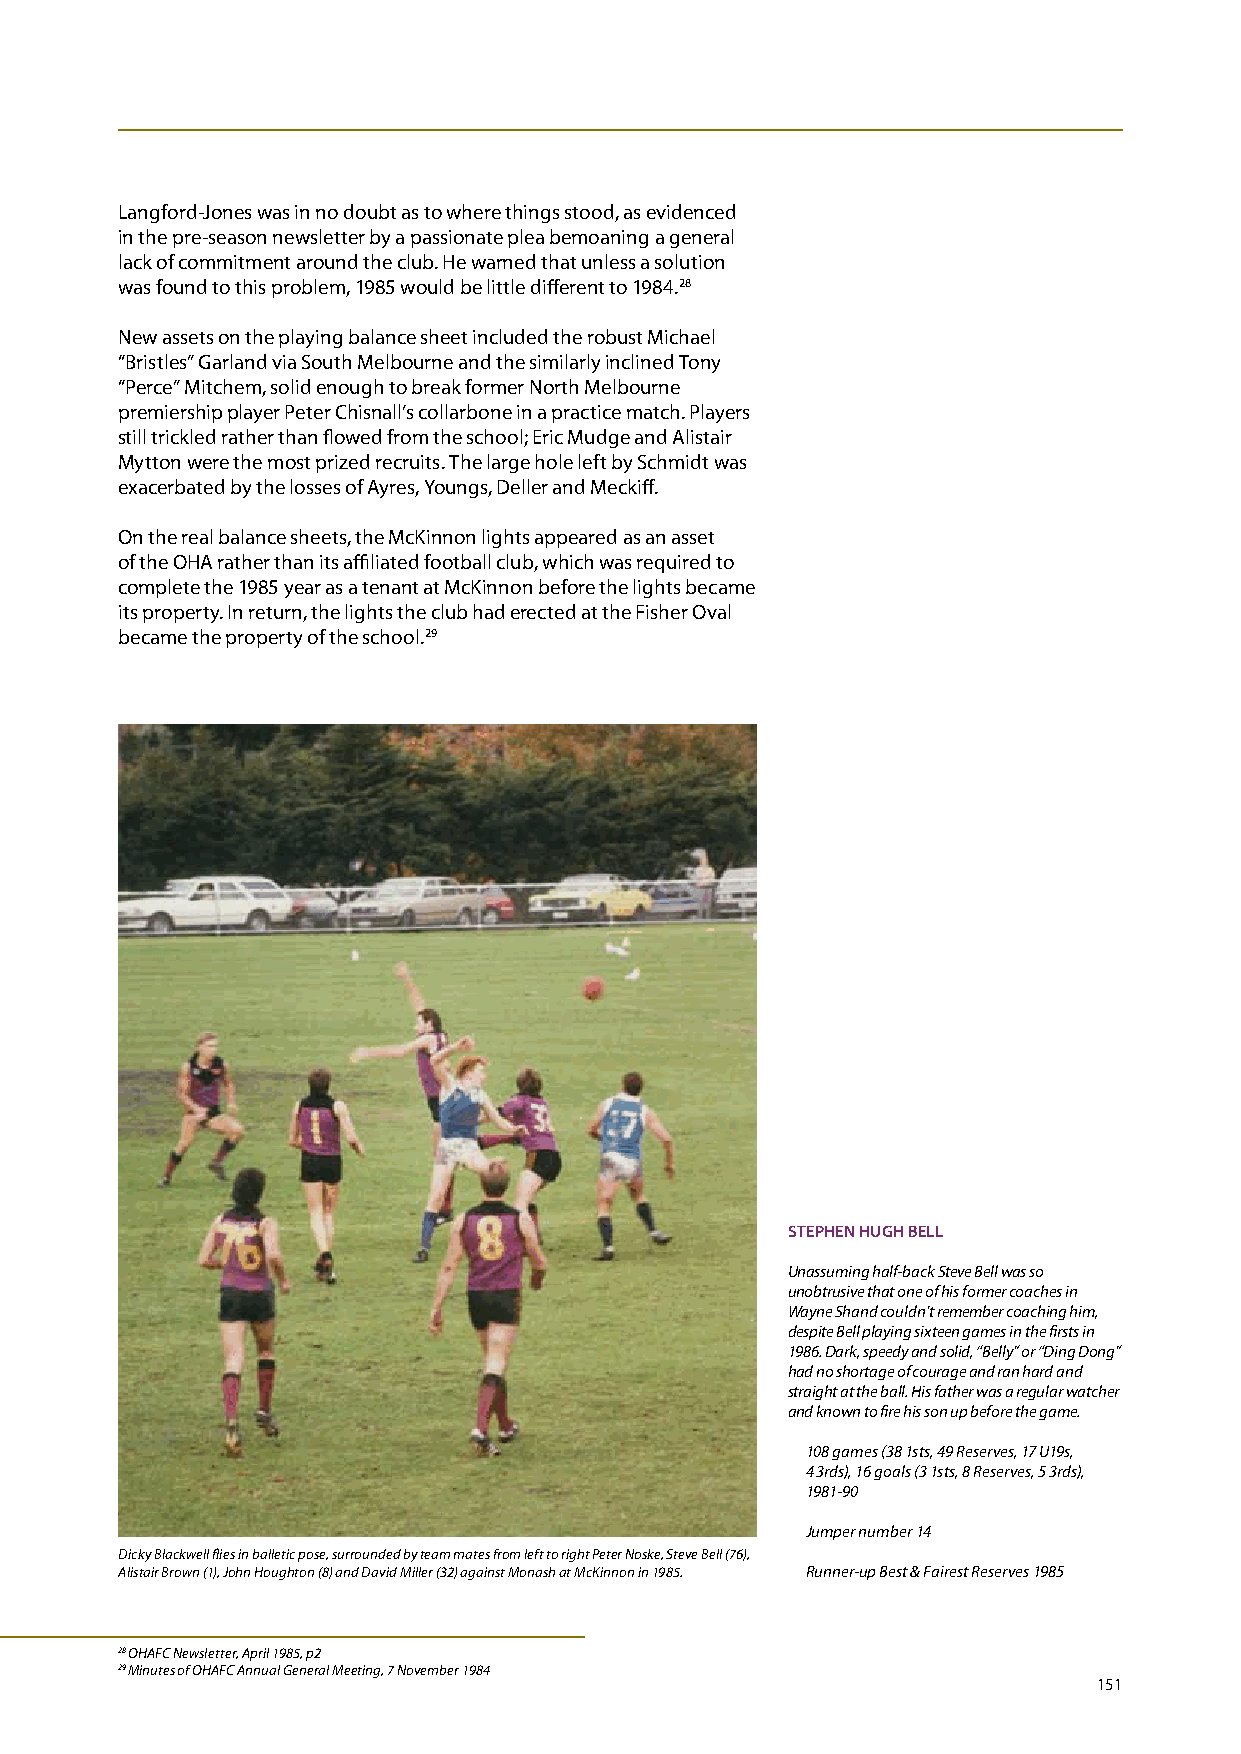
Langford-Jones was in no doubt as to where things stood, as evidenced
 in the pre-season newsletter by a passionate plea bemoaning a general
 lack of commitment around the club. He warned that unless a solution
 was found to this problem, 1985 would be little different to 1984.28
 New assets on the playing balance sheet included the robust Michael
 “Bristles” Garland via South Melbourne and the similarly inclined Tony
 “Perce” Mitchem, solid enough to break former North Melbourne
 premiership player Peter Chisnall’s collarbone in a practice match. Players
 still trickled rather than flowed from the school; Eric Mudge and Alistair
 Mytton were the most prized recruits. The large hole left by Schmidt was
 exacerbated by the losses of Ayres, Youngs, Deller and Meckiff.
 On the real balance sheets, the McKinnon lights appeared as an asset
 of the OHA rather than its affiliated football club, which was required to
 complete the 1985 year as a tenant at McKinnon before the lights became
 its property. In return, the lights the club had erected at the Fisher Oval
 became the property of the school.29
 STEPHEN HugH bELL
 Unassuming half-back Steve Bell was so
 unobtrusive that one of his former coaches in
 Wayne Shand couldn’t remember coaching him,
 despite Bell playing sixteen games in the firsts in
 1986. Dark, speedy and solid, “Belly” or “Ding Dong”
 had no shortage of courage and ran hard and
 straight at the ball. His father was a regular watcher
 and known to fire his son up before the game.
 108 games (38 1sts, 49 Reserves, 17 U19s,
 4 3rds), 16 goals (3 1sts, 8 Reserves, 5 3rds),
 1981-90
 Jumper number 14
 Dicky Blackwell flies in balletic pose, surrounded by team mates from left to right Peter Noske, Steve Bell (76),
 Alistair Brown (1), John Houghton (8) and David Miller (32) against Monash at McKinnon in 1985. Runner-up Best & Fairest Reserves 1985
 28 OHAFC Newsletter, April 1985, p2
 29 Minutes of OHAFC Annual General Meeting, 7 November 1984
 151